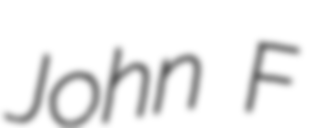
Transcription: John F